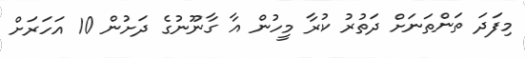
މިފަދަ ތަންތަނަށް ދަތުރު ކުރާ މީހުން އާ ގާނޫނުގެ ދަށުން 10 އަހަރަށް